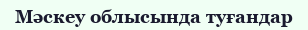
Мәскеу облысында туғандар